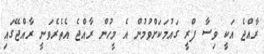
ރާއްޖެ އަކީ ވިސާ ފްރީ ގައުމަކަށްވުމުން އެ މީހުން ރާއްޖެ އެތެރެވަނީ ރާއްޖޭގައި